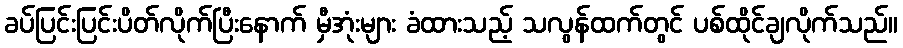
ခပ်ပြင်းပြင်းပိတ်လိုက်ပြီးနောက် မှီအုံးများ ခံထားသည့် သလွန်ထက်တွင် ပစ်ထိုင်ချလိုက်သည်။